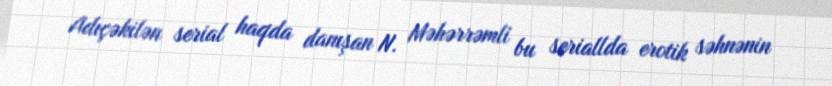
Adıçəkilən serial haqda danışan N. Məhərrəmli bu seriallda erotik səhnənin